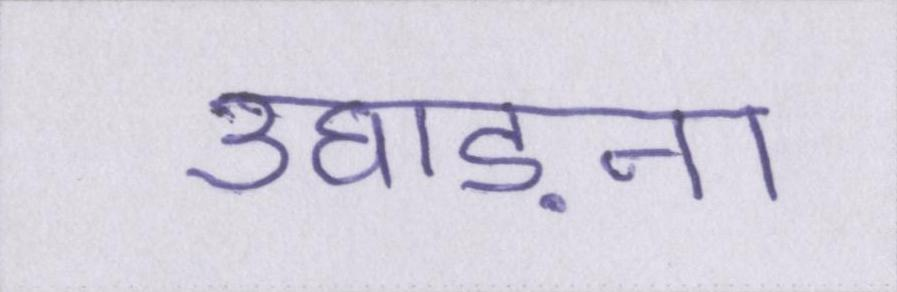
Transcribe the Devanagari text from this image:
उघाड़ना